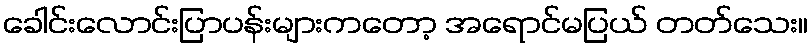
ခေါင်းလောင်းပြာပန်းများကတော့ အရောင်မပြယ် တတ်သေး။